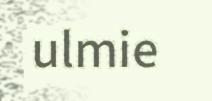
ulmie